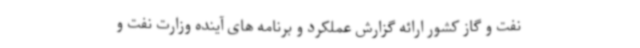
نفت و گاز کشور ارائه گزارش عملکرد و برنامه های آینده وزارت نفت و